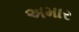
અમાર